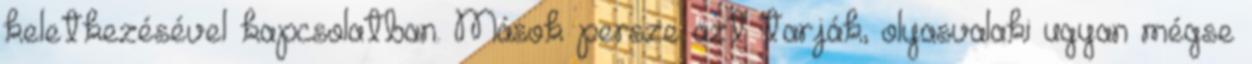
keletkezésével kapcsolatban. Mások persze azt tarják, olyasvalaki ugyan mégse